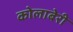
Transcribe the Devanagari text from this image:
कोलाबेरी